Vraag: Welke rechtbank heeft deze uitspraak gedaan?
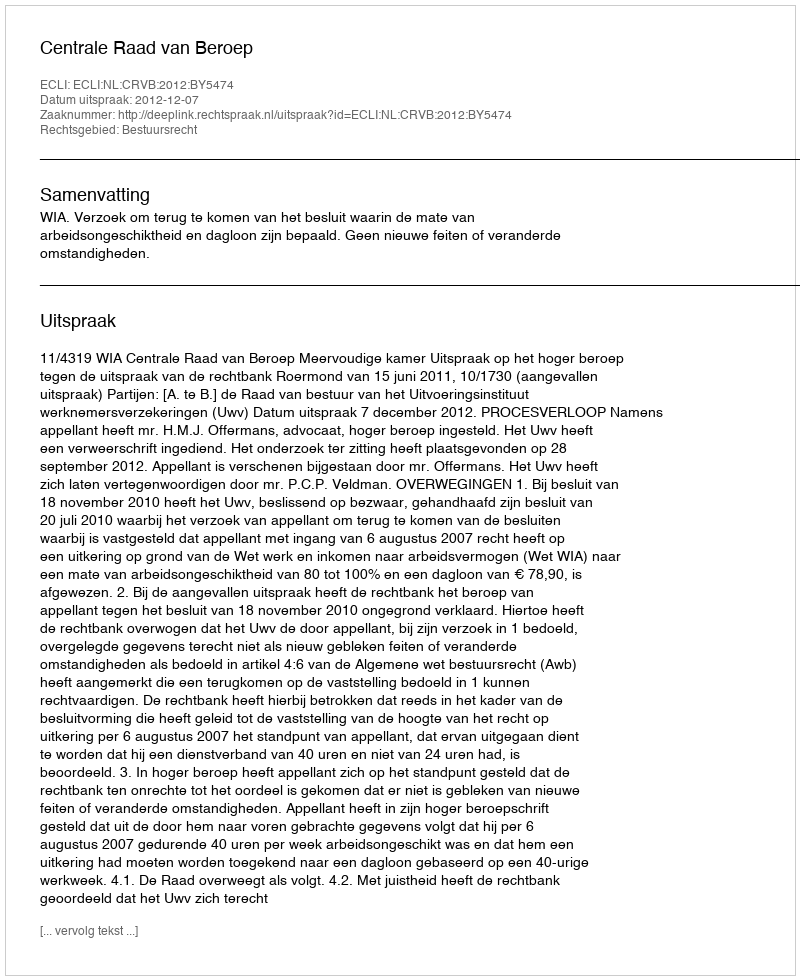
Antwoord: Centrale Raad van Beroep